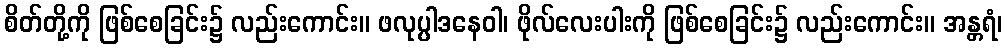
စိတ်တို့ကို ဖြစ်စေခြင်း၌ လည်းကောင်း။ ဖလုပ္ပါဒနေဝါ၊ ဖိုလ်လေးပါးကို ဖြစ်စေခြင်း၌ လည်းကောင်း။ အန္တရံ၊